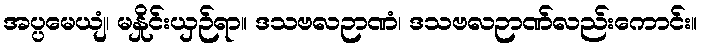
အပ္ပမေယျံ၊ မနှိုင်းယှဉ်ရာ။ ဒသဗလဉာဏံ၊ ဒသဗလဉာဏ်လည်းကောင်း။